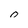
Character: n